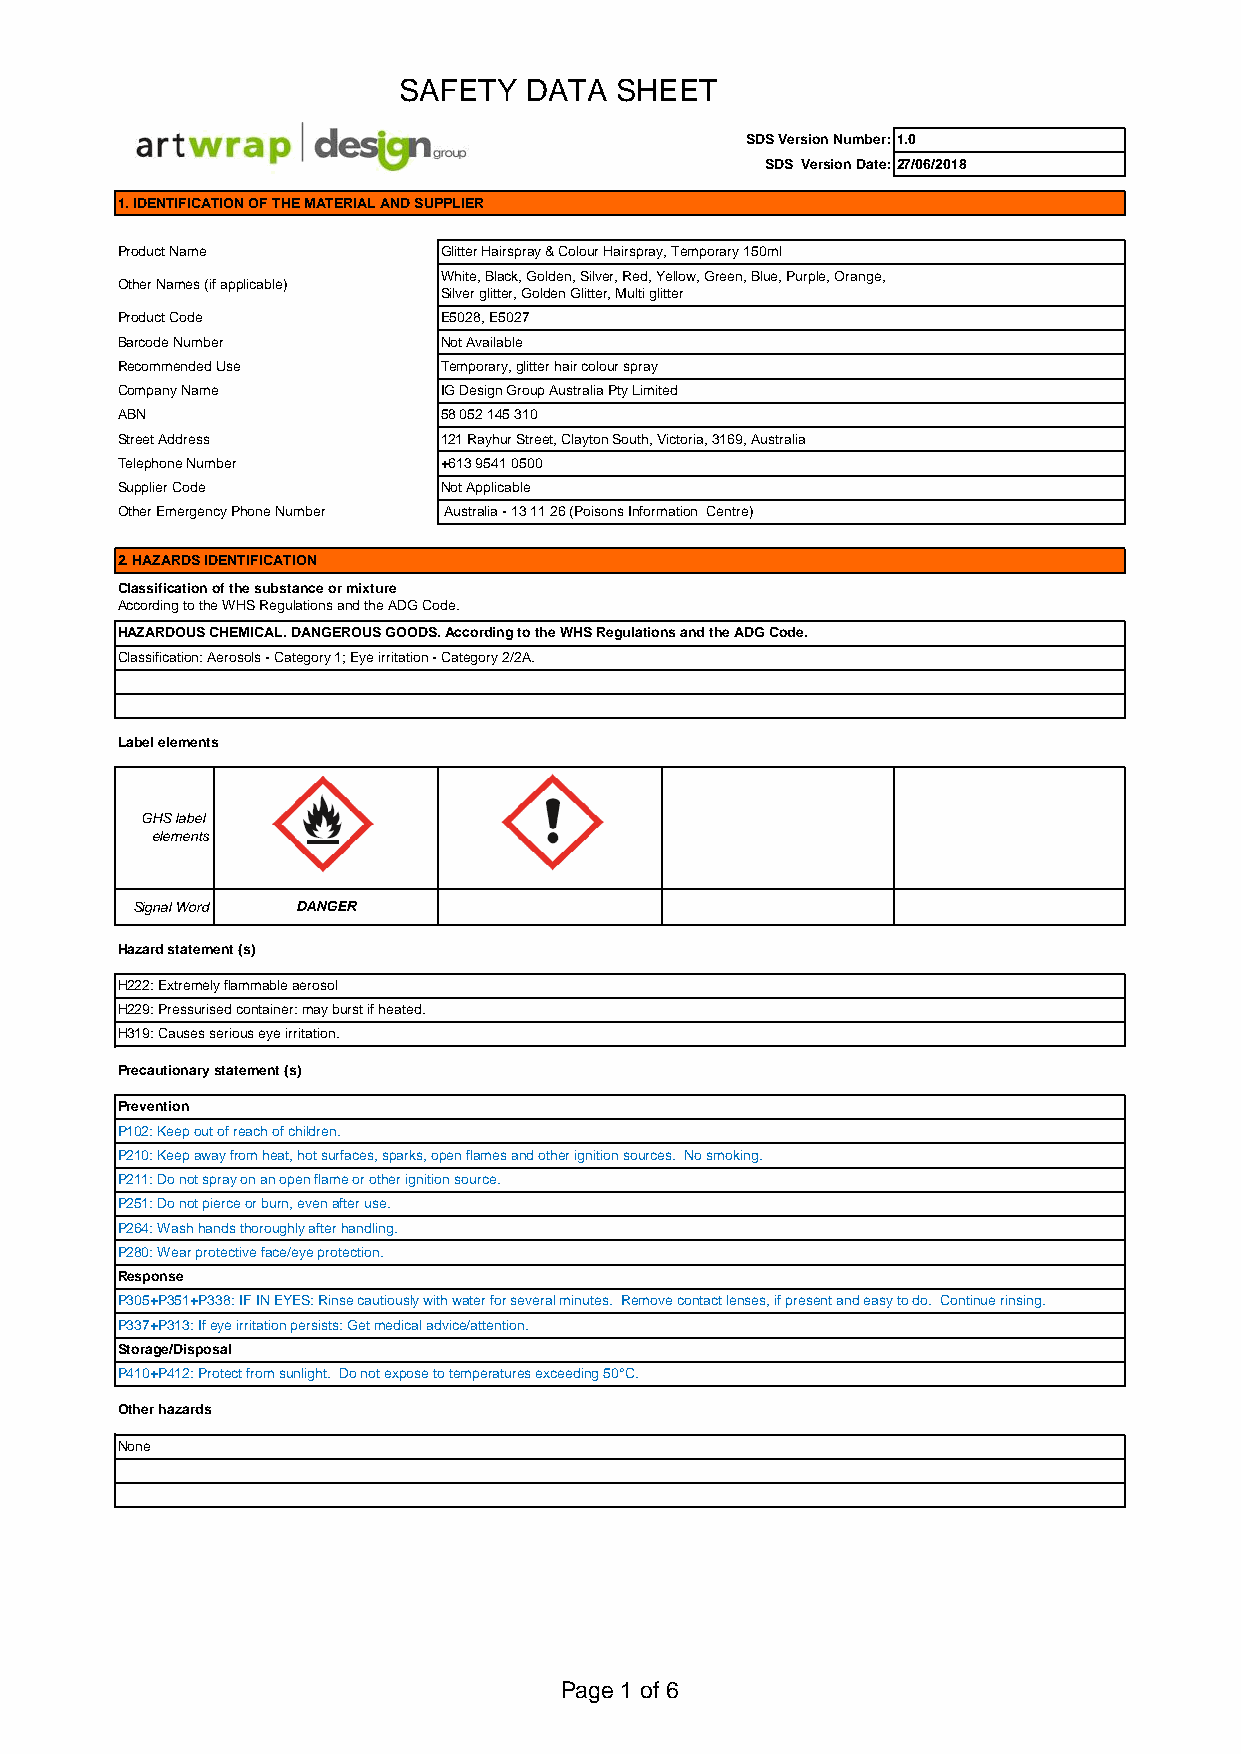
SAFETY   DATA  SHEET
 SDS Version Number:1.0
 SDS Version Date:27/06/2018
 1. IDENTIFICATION OF THE MATERIAL AND SUPPLIER
 Product Name         Glitter Hairspray & Colour Hairspray, Temporary 150ml
 White, Black, Golden, Silver, Red, Yellow, Green, Blue, Purple, Orange,
 Other Names (if applicable)
 Silver glitter, Golden Glitter, Multi glitter
 Product Code         E5028, E5027
 Barcode Number       Not Available
 Recommended Use      Temporary, glitter hair colour spray
 Company Name         IG Design Group Australia Pty Limited
 ABN                  58 052 145 310
 Street Address       121 Rayhur Street, Clayton South, Victoria, 3169, Australia
 Telephone Number     +613 9541 0500
 Supplier Code        Not Applicable
 Other Emergency Phone Number Australia - 13 11 26 (Poisons Information Centre)
 2. HAZARDS IDENTIFICATION
 Classification of the substance or mixture
 According to the WHS Regulations and the ADG Code.
 HAZARDOUS CHEMICAL. DANGEROUS GOODS. According to the WHS Regulations and the ADG Code.
 Classification: Aerosols - Category 1; Eye irritation - Category 2/2A.
 Label elements
 GHS label
 elements
 Signal Word DANGER
 Hazard statement (s)
 H222: Extremely flammable aerosol
 H229: Pressurised container: may burst if heated.
 H319: Causes serious eye irritation.
 Precautionary statement (s)
 Prevention
 P102: Keep out of reach of children.
 P210: Keep away from heat, hot surfaces, sparks, open flames and other ignition sources. No smoking.
 P211: Do not spray on an open flame or other ignition source.
 P251: Do not pierce or burn, even after use.
 P264: Wash hands thoroughly after handling.
 P280: Wear protective face/eye protection.
 Response
 P305+P351+P338: IF IN EYES: Rinse cautiously with water for several minutes. Remove contact lenses, if present and easy to do. Continue rinsing.
 P337+P313: If eye irritation persists: Get medical advice/attention.
 Storage/Disposal
 P410+P412: Protect from sunlight. Do not expose to temperatures exceeding 50°C.
 Other hazards
 None
 Page 1 of 6